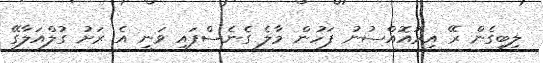
ލިބިގެން ރޭ އިރުއޮއްސުނު ފަހުން މާލެ ގެނެސްފައި ވަނީ އެ ރަށު ގުލްއަލާގޭ